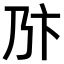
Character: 𠂪